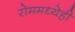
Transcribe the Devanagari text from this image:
रोममध्येही